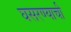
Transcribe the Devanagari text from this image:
घसरण्याची